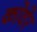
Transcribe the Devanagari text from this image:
कोवेर